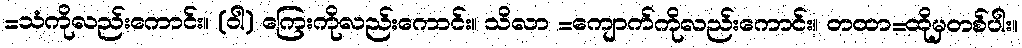
=သံကိုလည်းကောင်း။ (ဝါ) ကြေးကိုလည်းကောင်း။ သိလာ =ကျောက်ကိုလည်းကောင်း။ တထာ=ထိုမှတစ်ပါး။